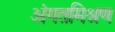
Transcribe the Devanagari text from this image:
अंगतमिश्रण